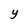
Character: Y